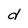
Character: d